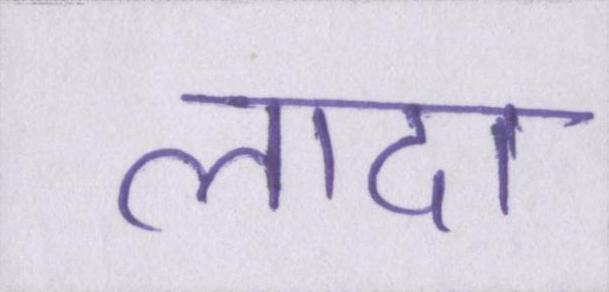
लादा